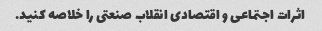
اثرات اجتماعی و اقتصادی انقلاب صنعتی را خلاصه کنید.